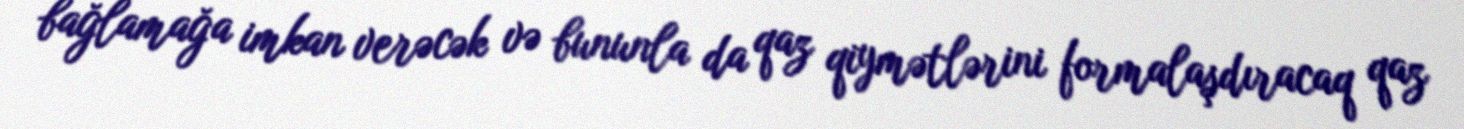
bağlamağa imkan verəcək və bununla da qaz qiymətlərini formalaşdıracaq qaz